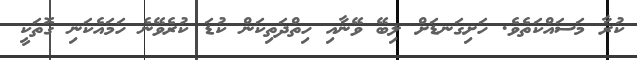
ކުރާ މަސައްކަތެވެ. ހަށިގަނޑަށް ލިބޭ ވޭނާއި ހިތްދަތިކަން ކުޑަ ކުރެވޭނެ ހަމައެކަނި ގޮތަކީ